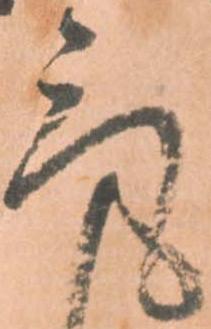
気